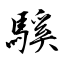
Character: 騱